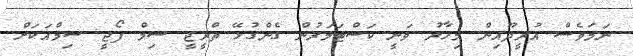
ނަމަވެސް އުރީދޫއިން މިހާރު ވަނީ ކަސްޓަމަރުން ގެންގުޅޭ ތްރީޖީ ސިމް ފޯޖީ ސިމްއަކަށް